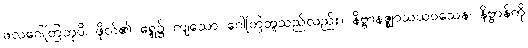
ဖလဂေါတြဘုပိ၊ ဖိုလ်၏ ရှေ့၌ ကျသော ဂေါတြဘူသည်လည်း။ နိဗ္ဗာနဇ္ဈာသယဝသေန၊ နိဗ္ဗာန်ကို